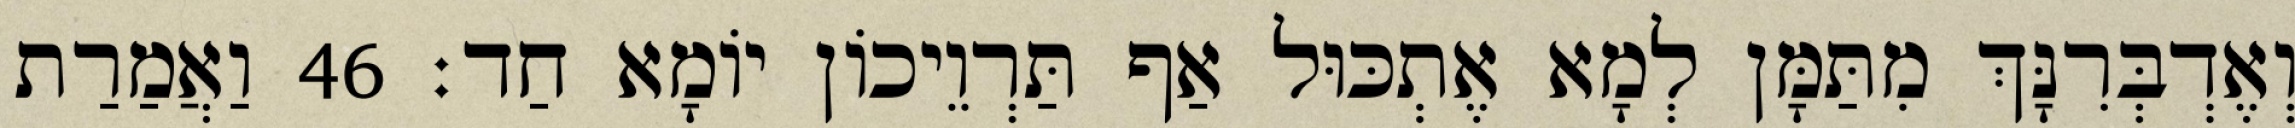
וְאֶדְבְּרִנָּךְ מִתַּמָּן לְמָא אֶתְכּוּל אַף תַּרְוֵיכוֹן יוֹמָא חַד׃ 46 וַאֲמַרַת